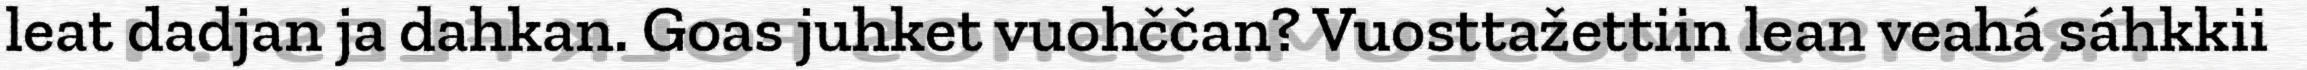
leat dadjan ja dahkan. Goas juhket vuohččan? Vuosttažettiin lean veahá sáhkkii